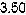
3.50